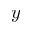
y